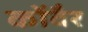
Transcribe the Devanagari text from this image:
कोंवैर